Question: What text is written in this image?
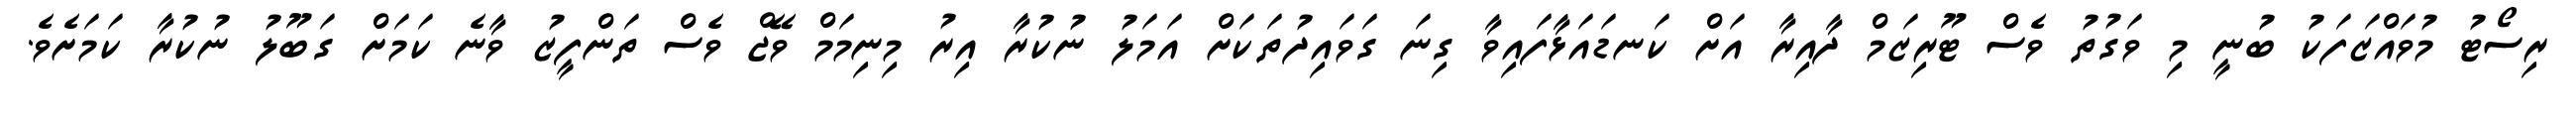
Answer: ރިސޯޓު މުވައްޒަފަކު ބުނީ މި ވަގުތު ވެސް ޓޫރިޒަމް ދާއިރާ އަށް ކަނޑައަޅާފައިވާ ގިނަ ގަވައިދުތަކަށް އަމަލު ނުކުރާ އިރު މިނިމަމް ވޭޖް ވެސް ތަންފީޒު ވާނެ ކަމަށް ގަބޫލު ނުކުރާ ކަމަށެވެ.